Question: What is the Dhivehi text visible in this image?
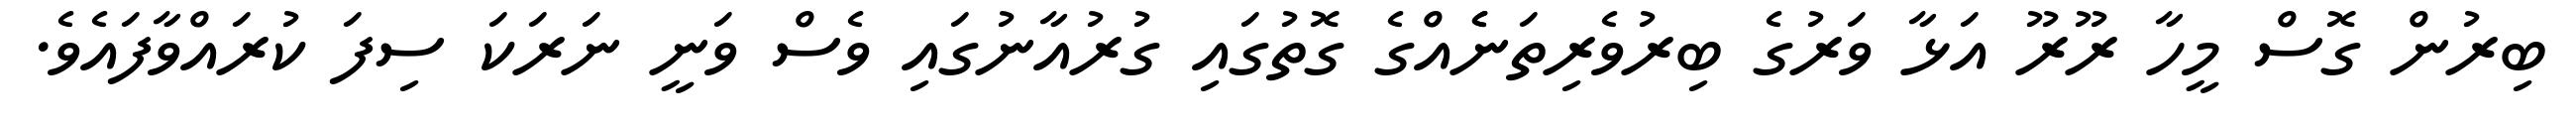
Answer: ބިރުން ގޮސް މީހާ ރޫރޫ އަޅާ ވަރުގެ ބިރުވެރިތަނެެއްގެ ގޮތުގައި ގުރުއާނުގައި ވެސް ވަނީ ނަރަކަ ސިފަ ކުރައްވާފައެވެ.